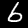
Label: 6